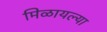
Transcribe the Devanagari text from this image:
मिळायल्या